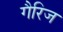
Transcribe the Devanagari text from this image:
गैरिज